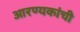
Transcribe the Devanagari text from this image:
आरण्यकांची